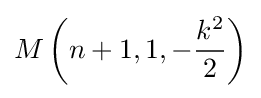
M\left(n+1,1,-{k^{2} \over 2}\right)